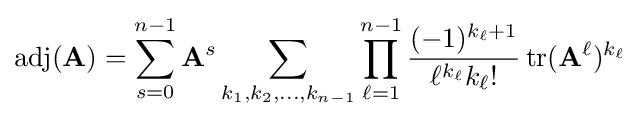
\operatorname {adj} (\mathbf {A} )=\sum _{s=0}^{n-1}\mathbf {A} ^{s}\sum _{k_{1},k_{2},\ldots ,k_{n-1}}\prod _{\ell =1}^{n-1}{\frac {(-1)^{k_{\ell }+1}}{\ell ^{k_{\ell }}k_{\ell }!}}\operatorname {tr} (\mathbf {A} ^{\ell })^{k_{\ell }}